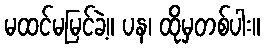
မထင်မမြင်ခဲ့။ ပန၊ ထိုမှတစ်ပါး။